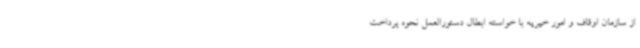
از سازمان اوقاف و امور خیریه با خواسته ابطال دستورالعمل نحوه پرداخت